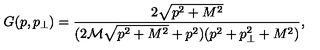
G ( p , p _ { \perp } ) = \frac { 2 \sqrt { p ^ { 2 } + M ^ { 2 } } } { ( 2 \mathcal { M } \sqrt { p ^ { 2 } + M ^ { 2 } } + p ^ { 2 } ) ( p ^ { 2 } + p _ { \perp } ^ { 2 } + M ^ { 2 } ) } ,